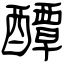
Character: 醰